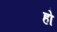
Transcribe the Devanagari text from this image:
हो